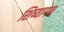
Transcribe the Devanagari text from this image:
शिष्यागण